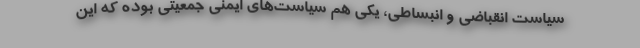
سیاست انقباضی و انبساطی، یکی هم سیاست‌های ایمنی جمعیتی بوده که این